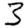
Digit: 3